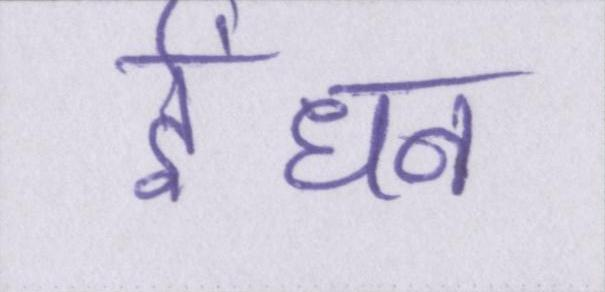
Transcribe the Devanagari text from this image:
ईंधन